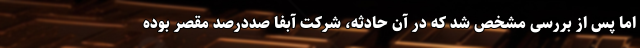
اما پس از بررسی مشخص شد که در آن حادثه، شرکت آبفا صددرصد مقصر بوده